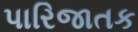
પારિજાતક